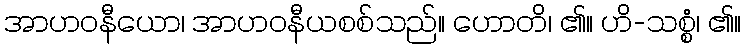
အာဟဝနီယော၊ အာဟဝနီယစစ်သည်။ ဟောတိ၊ ၏။ ဟိ-သစ္စံ၊ ၏။